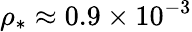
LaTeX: \rho_{*}\approx 0.9\times 10^{-3}